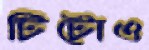
টিটোও